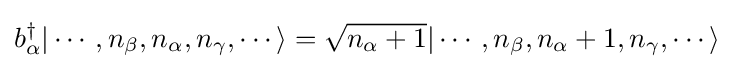
b_{\alpha }^{\dagger }|\cdots ,n_{\beta },n_{\alpha },n_{\gamma },\cdots \rangle ={\sqrt {n_{\alpha }+1}}|\cdots ,n_{\beta },n_{\alpha }+1,n_{\gamma },\cdots \rangle